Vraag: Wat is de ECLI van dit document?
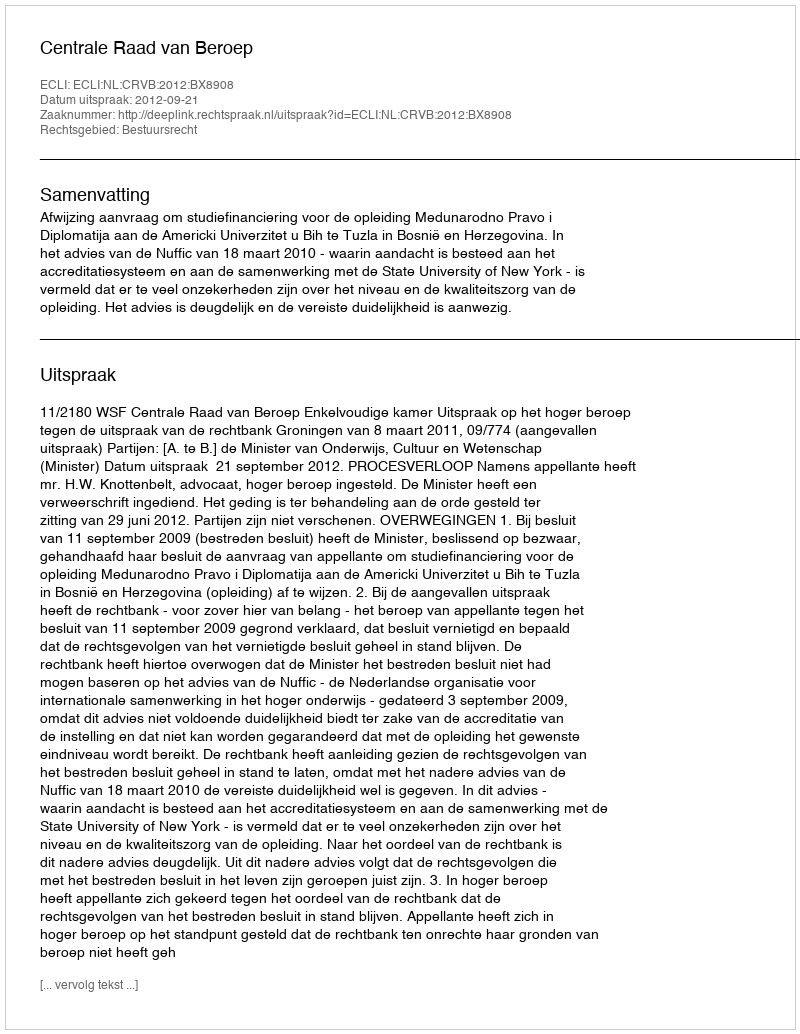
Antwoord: ECLI:NL:CRVB:2012:BX8908